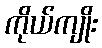
ကိုယ်ကျိုး